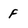
Character: F